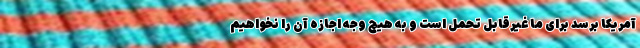
آمریکا برسد برای ما غیرقابل تحمل است و به هیچ وجه اجازه آن را نخواهیم